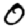
Digit: 0